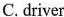
C.driver